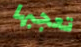
تعجبها